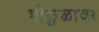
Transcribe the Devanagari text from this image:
गोकुळावर